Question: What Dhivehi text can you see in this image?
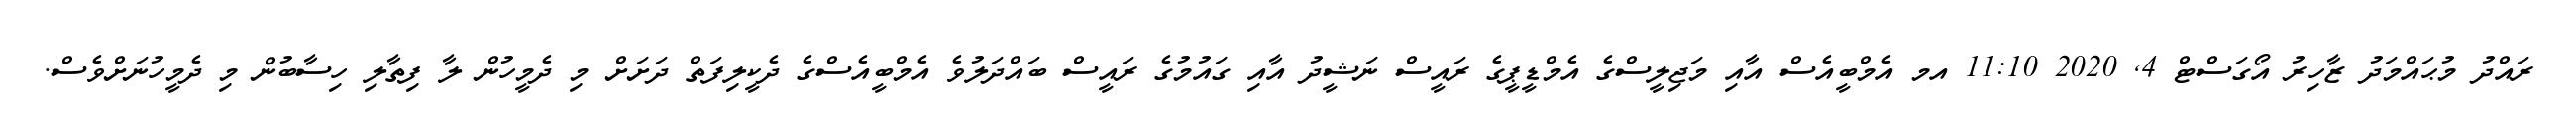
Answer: ރައްދު މުޙައްމަދު ޒާހިރު އޯގަސްޓް 4, 2020 11:10 އމ އެމްބީއެސް އާއި މަޖިލީސްގެ އެމްޑީޕީގެ ރައީސް ނަޝީދު އާއި ގައުމުގެ ރައީސް ބައްދަލުވެ އެމްބީއެސްގެ ދެކީލިފަތް ދަށަށް މި ދެމީހުން ލާ ފިތާލި ހިސާބުން މި ދެމީހުނަށްވެސް.